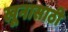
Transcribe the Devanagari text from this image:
खूनासाठी